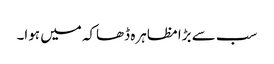
سب سے بڑا مظاہرہ ڈھاکہ میں ہوا۔